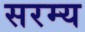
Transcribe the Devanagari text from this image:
सरम्य